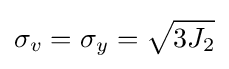
\sigma _{v}=\sigma _{y}={\sqrt {3J_{2}}}